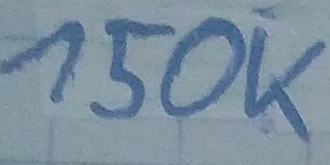
Text: 150K